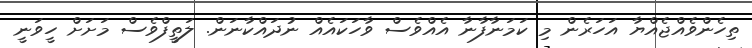
ތިހެންވެއްޖެއްޔާ އަހަރެން މި ކަމަނާފާނާ އެއްވެސް ވާހަކައެއް ނުދައްކާނަން. ލަތީފްވެސް މަށަށް ހީވަނީ